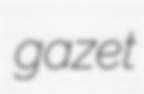
gazet